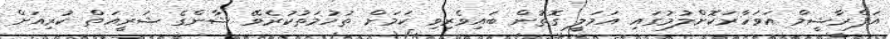
އަފްރާޝީމް އަވަހާރަކޮށްލުމުގައި އަމަލީ ގޮތުން ބައިވެރިވި ކަމަށް ތުހުމަތުކުރެވޭ ޝާންގެ ޝަރީއަތް ކުރިއަށް